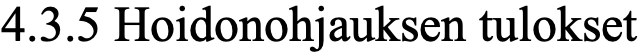
4.3.5 Hoidonohjauksen tulokset